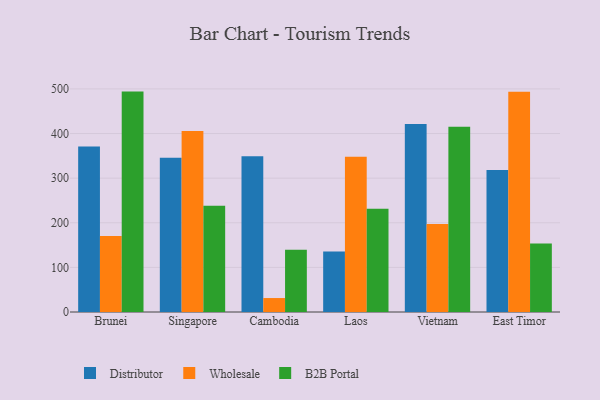
{"axis": {"x": "Country", "y": "Waste Production (Tons)"}, "legend": ["B2B Portal", "Distributor", "Wholesale"], "data": [{"x": "Brunei", "y": 371.2, "type": "Distributor"}, {"x": "Brunei", "y": 170.4, "type": "Wholesale"}, {"x": "Brunei", "y": 494.0, "type": "B2B Portal"}, {"x": "Singapore", "y": 346.0, "type": "Distributor"}, {"x": "Singapore", "y": 405.7, "type": "Wholesale"}, {"x": "Singapore", "y": 238.2, "type": "B2B Portal"}, {"x": "Cambodia", "y": 349.3, "type": "Distributor"}, {"x": "Cambodia", "y": 31.3, "type": "Wholesale"}, {"x": "Cambodia", "y": 139.4, "type": "B2B Portal"}, {"x": "Laos", "y": 135.6, "type": "Distributor"}, {"x": "Laos", "y": 348.1, "type": "Wholesale"}, {"x": "Laos", "y": 231.5, "type": "B2B Portal"}, {"x": "Vietnam", "y": 421.2, "type": "Distributor"}, {"x": "Vietnam", "y": 197.4, "type": "Wholesale"}, {"x": "Vietnam", "y": 415.2, "type": "B2B Portal"}, {"x": "East Timor", "y": 318.2, "type": "Distributor"}, {"x": "East Timor", "y": 493.7, "type": "Wholesale"}, {"x": "East Timor", "y": 153.8, "type": "B2B Portal"}]}